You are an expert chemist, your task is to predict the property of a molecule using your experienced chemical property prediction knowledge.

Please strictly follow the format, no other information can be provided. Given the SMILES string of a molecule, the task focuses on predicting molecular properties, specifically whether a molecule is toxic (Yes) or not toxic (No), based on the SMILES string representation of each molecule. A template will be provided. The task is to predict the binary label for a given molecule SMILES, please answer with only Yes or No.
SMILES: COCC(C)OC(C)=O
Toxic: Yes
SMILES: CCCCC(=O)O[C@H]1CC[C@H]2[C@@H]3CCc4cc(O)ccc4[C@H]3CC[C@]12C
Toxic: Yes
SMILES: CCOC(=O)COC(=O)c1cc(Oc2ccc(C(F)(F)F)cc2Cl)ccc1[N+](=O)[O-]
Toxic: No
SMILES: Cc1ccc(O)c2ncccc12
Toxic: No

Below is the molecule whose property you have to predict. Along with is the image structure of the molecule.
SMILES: CCOc1ccc(N)c([N+](=O)[O-])c1
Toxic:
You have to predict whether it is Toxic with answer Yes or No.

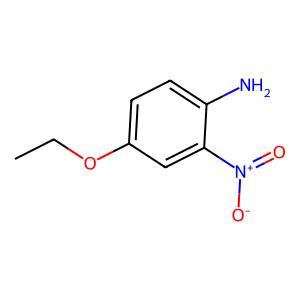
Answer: No